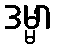
ဒမ္မာ